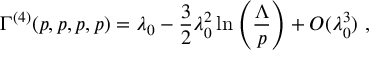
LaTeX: \Gamma ^ { ( 4 ) } ( p , p , p , p ) = \lambda _ { 0 } - \frac { 3 } { 2 } \lambda _ { 0 } ^ { 2 } \ln \left( \frac { \Lambda } { p } \right) + { \cal O } ( \lambda _ { 0 } ^ { 3 } ) ~ ,